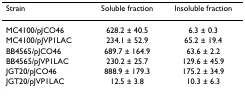
<table><thead><tr><td><b>Strain</b></td><td><b>Soluble fraction</b></td><td><b>Insoluble fraction</b></td></tr></thead><tbody><tr><td>MC4100/pJCO46</td><td>628.2 ± 40.5</td><td>6.3 ± 0.3</td></tr><tr><td>MC4100/pJVP1LAC</td><td>234.1 ± 52.9</td><td>65.2 ± 19.4</td></tr><tr><td>BB4565/pJCO46</td><td>689.7 ± 164.9</td><td>63.6 ± 2.2</td></tr><tr><td>BB4565/pJVP1LAC</td><td>230.2 ± 25.7</td><td>129.6 ± 45.9</td></tr><tr><td>JGT20/pJCO46</td><td>888.9 ± 179.3</td><td>175.2 ± 34.9</td></tr><tr><td>JGT20/pJVP1LAC</td><td>12.5 ± 3.8</td><td>10.3 ± 6.3</td></tr></tbody></table>